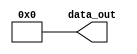
module  ram18p_dummy
#(
  parameter integer LOG2WIDTH_RD = 4   
 )
   (
      output [(9 << (LOG2WIDTH_RD-3))-1:0] data_out 
   );
   assign data_out=0;
endmodule